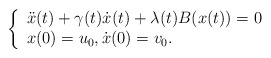
\begin{align*}\left\{\begin{array}{ll}\ddot x(t) + \gamma(t)\dot x(t) + \lambda(t)B(x(t))=0\\x(0)=u_0, \dot x(0)=v_0.\end{array}\right.\end{align*}